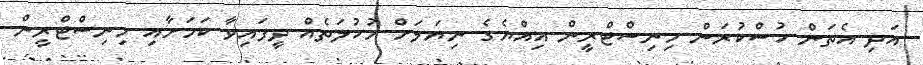
އަދި އެތަން ހުސްކުރަން މިނިސްޓްރީން އިއްޔެގެ ނިޔަލަށް މުހުލަތެއް ދީފައިވާ ކަމަށާއި މިނިސްޓްރީން